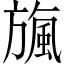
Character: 𣄖